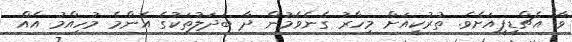
ވާ އެޗްޑީޕީއަށެވެ. ތުރުކީއަށް މިހާރު ގެނެވެމުން ދާ ބަދަލުތަކުގެ އެންމެ މުހިއްމު އެއް